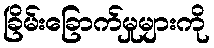
ခြိမ်းခြောက်မှုများကို